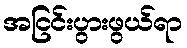
အငြင်းပွားဖွယ်ရာ